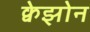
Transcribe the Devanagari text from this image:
क्वेझोन